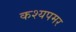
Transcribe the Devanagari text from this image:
कश्यपमर